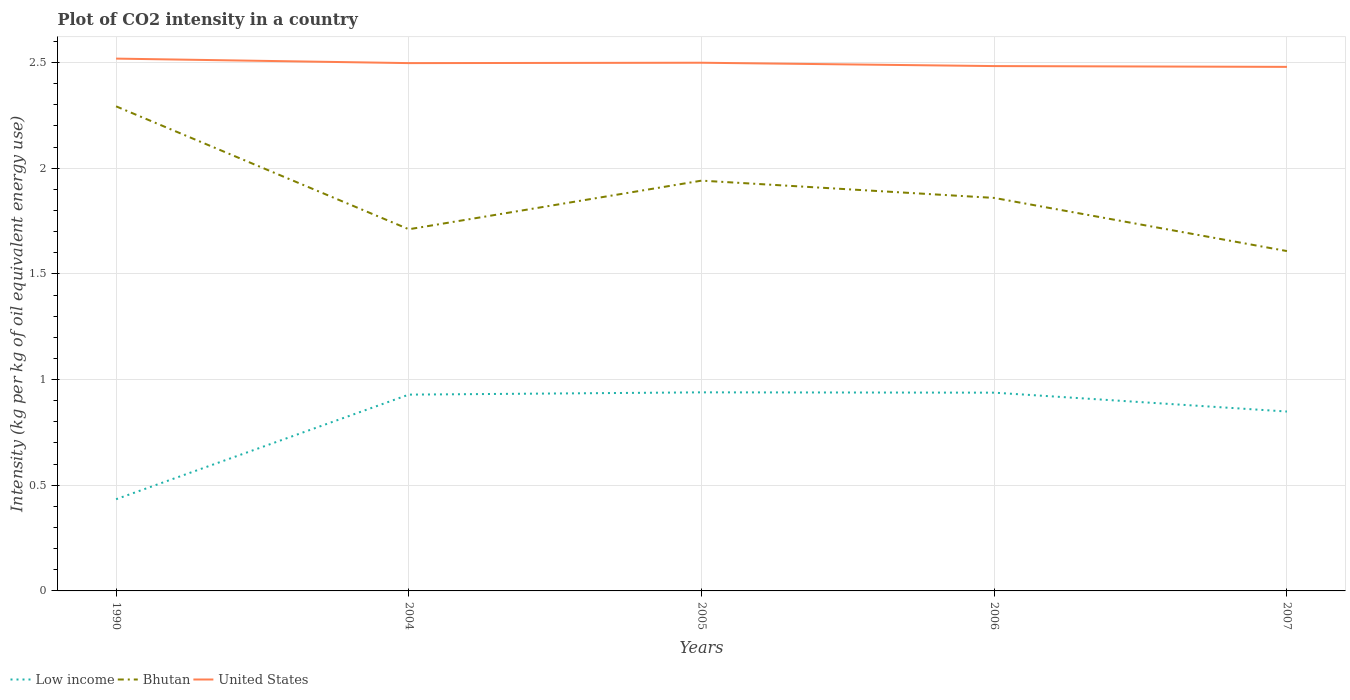
| Years | Low income | Bhutan | United States |
 | --- | --- | --- | --- |
 | 1990 | 0.434 | 2.29 | 2.52 |
 | 2004 | 0.929 | 1.71 | 2.5 |
 | 2005 | 0.94 | 1.94 | 2.5 |
 | 2006 | 0.938 | 1.86 | 2.48 |
 | 2007 | 0.849 | 1.61 | 2.48 |